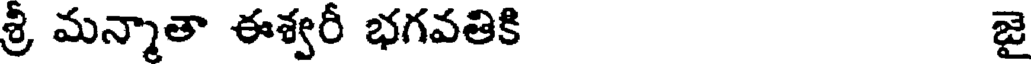
శ్రీ మన్మాతా ఈశ్వరీ భగవతికి జై